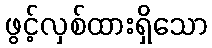
ဖွင့်လှစ်ထားရှိသော